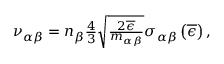
\begin{array} { r } { { \nu } _ { \alpha \beta } = n _ { \beta } \frac { 4 } { 3 } \sqrt { \frac { 2 \overline { { \epsilon } } } { m _ { \alpha \beta } } } \sigma _ { \alpha \beta } \left( \overline { { \epsilon } } \right) , } \end{array}